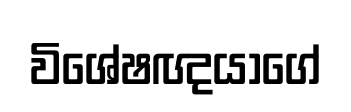
විශේෂඥයාගේ